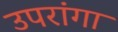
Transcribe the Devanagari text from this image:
उपरांगा